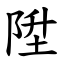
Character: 陞